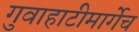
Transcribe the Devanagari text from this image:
गुवाहाटीमार्गेच